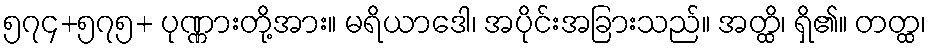
၅၇၄+၅၇၅+ ပုဏ္ဏားတို့အား။ မရိယာဒေါ၊ အပိုင်းအခြားသည်။ အတ္ထိ၊ ရှိ၏။ တတ္ထ၊